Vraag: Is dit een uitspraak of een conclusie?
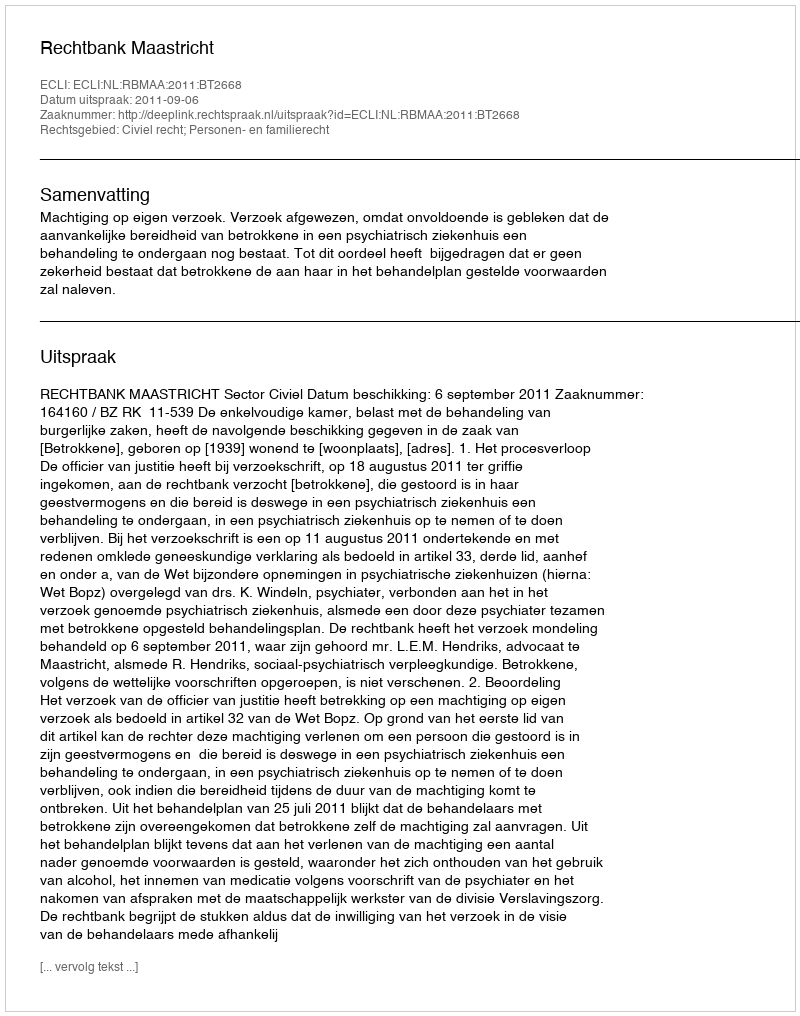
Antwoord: Uitspraak